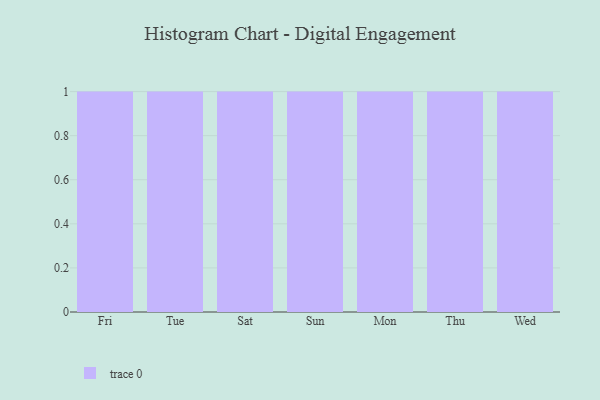
{"axis": {"x": "Day", "y": "Waste Production (Tons)"}, "legend": [""], "data": [{"x": "Fri", "y": 55, "type": ""}, {"x": "Tue", "y": 74, "type": ""}, {"x": "Sat", "y": 66, "type": ""}, {"x": "Sun", "y": 81, "type": ""}, {"x": "Mon", "y": 90, "type": ""}, {"x": "Thu", "y": 97, "type": ""}, {"x": "Wed", "y": 80, "type": ""}]}